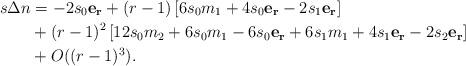
LaTeX: \begin{align*}s\Delta n & = -2 s_0 \mathbf{e_r} + (r-1)\left[ 6 s_0 m_1 + 4s_0\mathbf{e_r} -2 s_1 \mathbf{e_r}\right]\\&+(r-1)^2 \left[ 12 s_0 m_2 + 6s_0 m_1 -6s_0\mathbf{e_r} +6 s_1 m_1 + 4 s_1 \mathbf{e_r} -2 s_2 \mathbf{e_r}\right] \\& + O((r-1)^3).\end{align*}